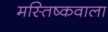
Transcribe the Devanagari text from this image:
मस्तिष्कवाला